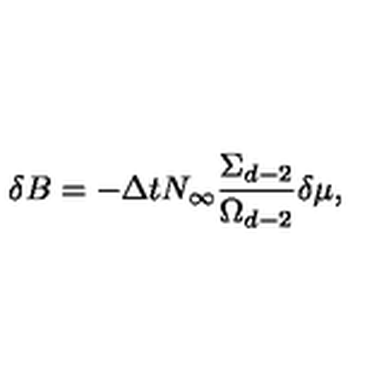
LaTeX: \delta B = - \Delta t N _ { \infty } \frac { \Sigma _ { d - 2 } } { \Omega _ { d - 2 } } \delta \mu ,